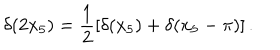
LaTeX: \delta ( 2 x _ { 5 } ) = \frac { 1 } { 2 } \left[ \delta ( x _ { 5 } ) + \delta ( x _ { 5 } - \pi ) \right] .